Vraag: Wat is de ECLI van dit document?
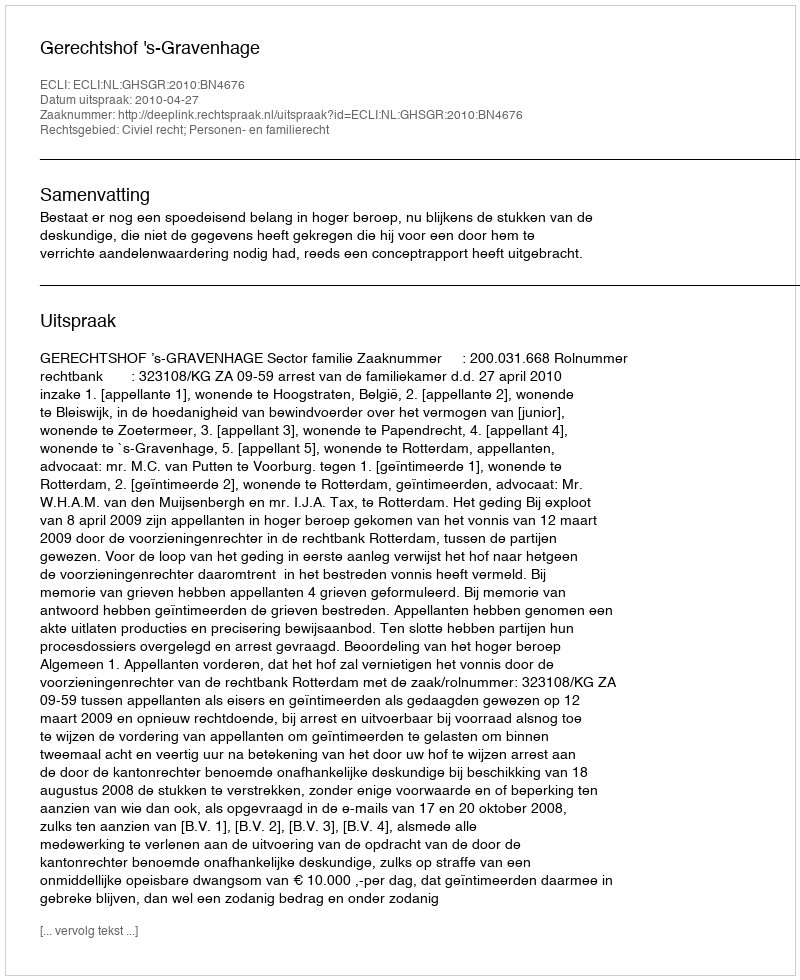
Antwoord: ECLI:NL:GHSGR:2010:BN4676